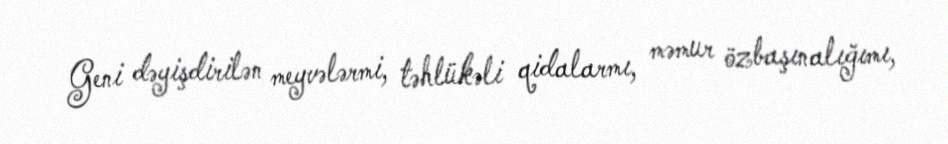
Geni dəyişdirilən meyvələrmi, təhlükəli qidalarmı, məmur özbaşınalığımı,